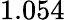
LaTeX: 1.054